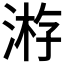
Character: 𣸯